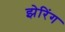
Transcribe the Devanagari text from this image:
झेरिंग